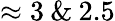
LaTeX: \approx 3\: \& \: 2.5